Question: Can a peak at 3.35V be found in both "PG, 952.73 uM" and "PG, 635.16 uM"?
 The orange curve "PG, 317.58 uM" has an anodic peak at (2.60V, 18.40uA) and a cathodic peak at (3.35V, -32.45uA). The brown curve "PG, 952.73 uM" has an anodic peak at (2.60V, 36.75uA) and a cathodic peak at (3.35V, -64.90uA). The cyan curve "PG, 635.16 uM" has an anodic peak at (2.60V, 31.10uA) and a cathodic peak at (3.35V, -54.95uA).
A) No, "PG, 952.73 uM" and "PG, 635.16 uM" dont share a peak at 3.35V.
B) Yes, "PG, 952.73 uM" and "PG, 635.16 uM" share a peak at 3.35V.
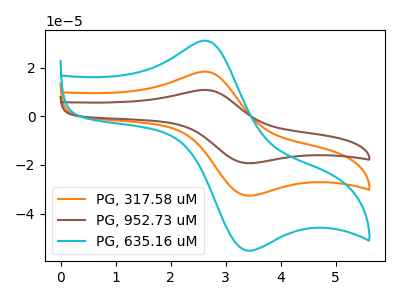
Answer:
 <answer>B) Yes, "PG, 952.73 uM" and "PG, 635.16 uM" share a peak at 3.35V.</answer>
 <eval>B</eval>